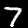
Label: 7